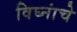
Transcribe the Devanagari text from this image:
विघ्नांचे